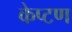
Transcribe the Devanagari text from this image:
केप्टण